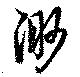
渺